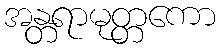
အန္တရာမုတ္တကော